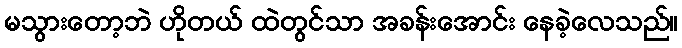
မသွားတော့ဘဲ ဟိုတယ် ထဲတွင်သာ အခန်းအောင်း နေခဲ့လေသည်။